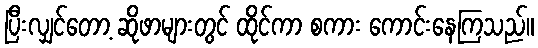
ပြီးလျှင်တော့ ဆိုဖာများတွင် ထိုင်ကာ စကား ကောင်းနေကြသည်။